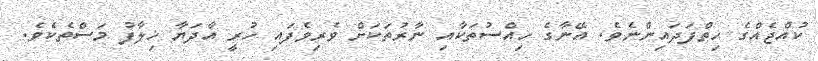
ކުއްޖެއްގެ ހިތްފަދައިންނެވެ. އޭނާގެ ހިއްސުތަކާއި ނާރުތަކަށް ވެރިވެފައި ހުރީ އާދަޔާ ޚިލާފު މަސްތެކެވެ.